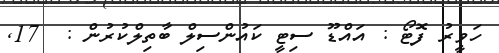
ހަވީރު ފޮޓޯ : އައްޑޫ ސިޓީ ކައުންސިލް ބާތިލްކުރުން :  17